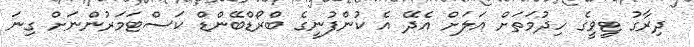
ދިރާގު ޓީވީގެ ހިދުމަތަށް އަލަށް އެދޭ އެ ކުންފުނީގެ ބްރޯޑްބޭންޑް ކަސްޓަމަރުންނަށް ގިނަ